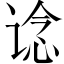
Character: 谂